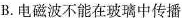
B.电磁波不能在玻璃中传播